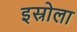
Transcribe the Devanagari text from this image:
इस्रोला